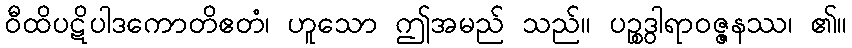
ဝီထိပဋိပါဒကောတိဧတံ၊ ဟူသော ဤအမည် သည်။ ပဉ္စဒွါရာဝဇ္ဇနဿ၊ ၏။